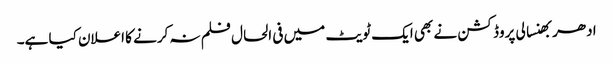
ادھر بھنسالی پروڈکشن نے بھی ایک ٹویٹ میں فی الحال فلم نہ کرنے کا اعلان کیا ہے۔